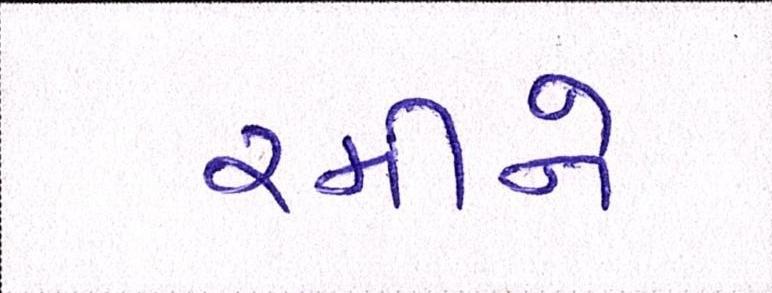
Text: રમીને